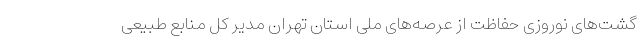
گشت‌های نوروزی حفاظت از عرصه‌های ملی استان تهران مدیر کل منابع طبیعی